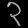
Digit: ၃